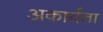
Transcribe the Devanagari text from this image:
अकार्यता